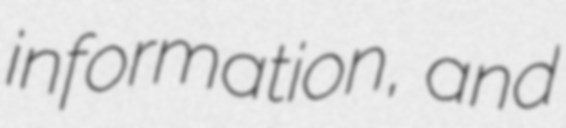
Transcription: information, and